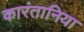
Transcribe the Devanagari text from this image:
कारंतानिया